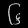
Digit: ၆